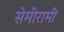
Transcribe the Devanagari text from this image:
सेमीरामी